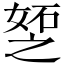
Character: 𪦆